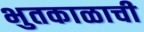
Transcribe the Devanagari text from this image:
भुतकाळाची